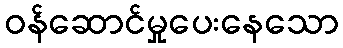
ဝန်ဆောင်မှုပေးနေသော